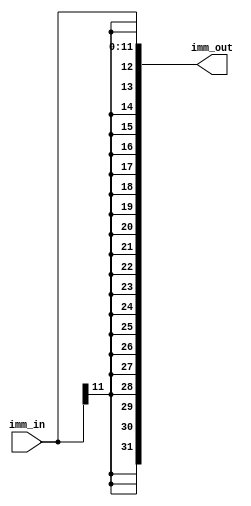
/******************************************************************************
 ** Logisim goes FPGA automatic generated Verilog code                       **
 **                                                                          **
 ** Component : Bit_Extender_12_32_SIGN                                      **
 **                                                                          **
 ******************************************************************************/

`timescale 1ns/1ps
module Bit_Extender_12_32_SIGN( imm_in,
                                imm_out);

   /***************************************************************************
    ** Here the inputs are defined                                           **
    ***************************************************************************/
   input[11:0]  imm_in;

   /***************************************************************************
    ** Here the outputs are defined                                          **
    ***************************************************************************/
   output reg [31:0] imm_out;

	always @(*) begin
		imm_out = {{(20){imm_in[11]}}, imm_in};
	end

endmodule